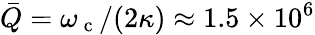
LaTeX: \bar{Q}=\omega_{\mathrm{~c~}}/(2\kappa)\approx 1.5\times 10^{6}